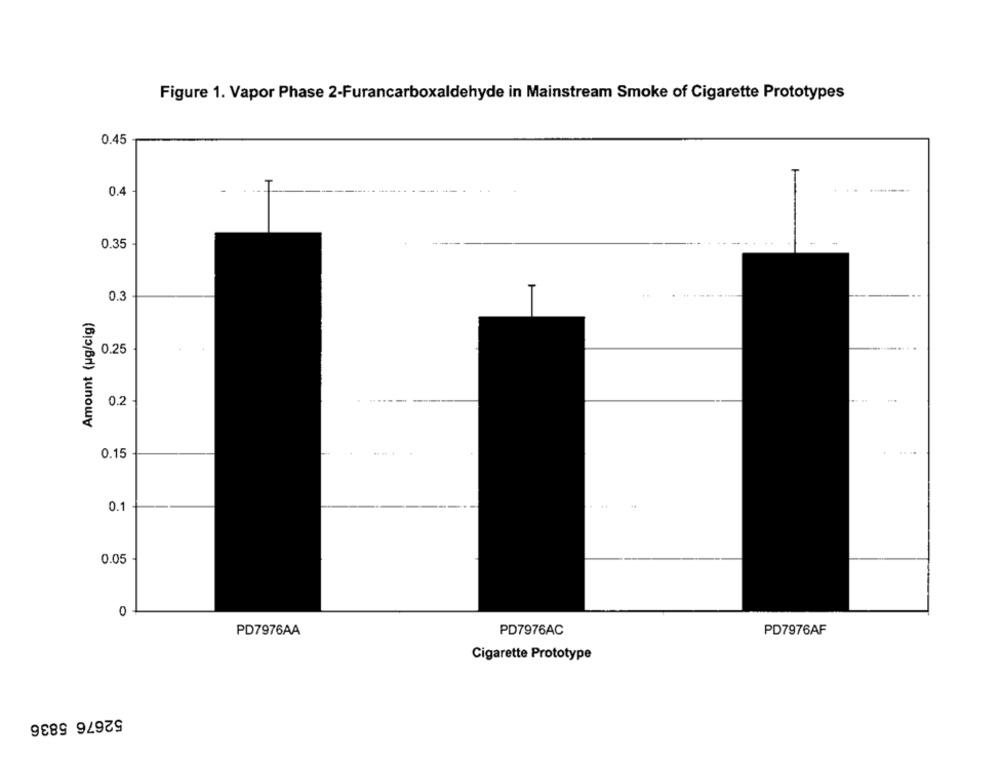
Figure 1. Vapor Phase 2-Furancarboxaldehyde in Mainstream Smoke of Cigarette Prototypes
0.45
0.4
0.35
0.3
Amount (ug/cig)
0.25
0.2
0.15
0.1
0.05
0
PD7976AA
PD7976AC
PD7976AF
Cigarette Prototype
52676 5836